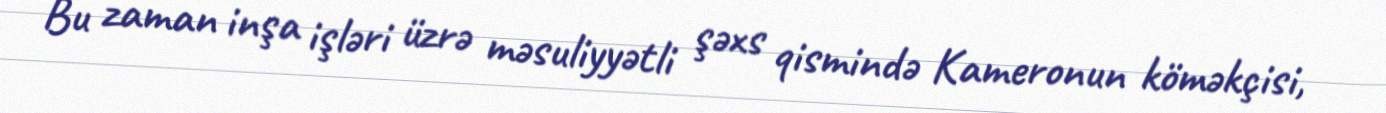
Bu zaman inşa işləri üzrə məsuliyyətli şəxs qismində Kameronun köməkçisi,